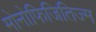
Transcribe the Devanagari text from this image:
मोनोफिजितिज्म